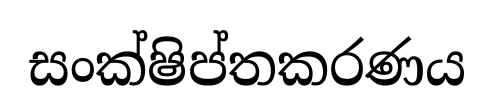
සංක්ෂිප්තකරණය